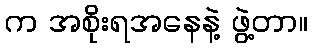
က အစိုးရအနေနဲ့ ဖွဲ့တာ။